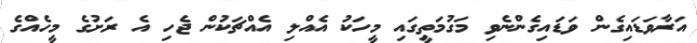
އަރާވަޑައިގެން ވަޑައިގެންނެވި މަގުމަތީގައި މީހަކު އެއްލި އެއްޗަކުން ޖެހި އެ ރަށުގެ މީހެއްގެ